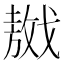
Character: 𢧴